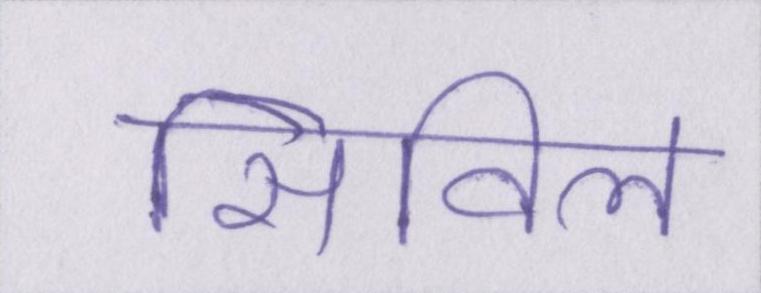
सिविल